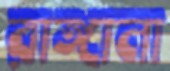
রাঙ্গানা